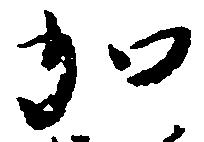
加